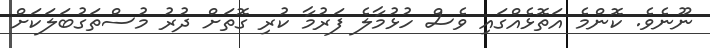
ނޫނެވެ. ކޮންމެ އަތޮޅެއްގައި ވެސް ހުޅުމާލެ ފަރުމާ ކުރި ގޮތަށް ދުރު މުސްތަގުބަލަކަށް